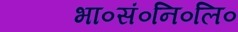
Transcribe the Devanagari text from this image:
भा०सं०नि०लि०